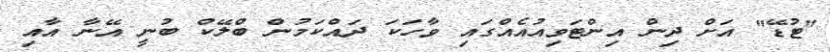
"ޓުޑޭ" އަށް ދިން އިންޓަވިއުއެއްގައި ވާހަކަ ދައްކަމުން ބްލޭކް ބުނީ އޭނާ އާއި